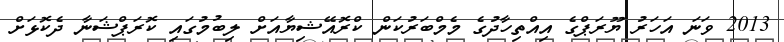
2013 ވަނަ އަހަރު ޔޫރަޕްގެ އިއްތިހާދުގެ މެމްބަރުކަން ކްރޮއޭޝިޔާއަށް ލިބުމުގައި ކޮރަޕްޝަނާ ދެކޮޅަށް